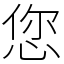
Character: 您